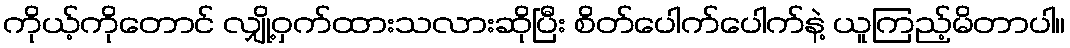
ကိုယ့်ကိုတောင် လျှို့ဝှက်ထားသလားဆိုပြီး စိတ်ပေါက်ပေါက်နဲ့ ယူကြည့်မိတာပါ။